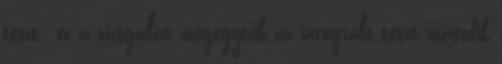
teszt: ez a vizsgálat megegyezik az integrált teszt második